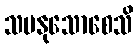
သမနုသောစေသိ